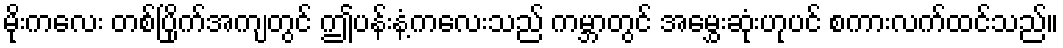
မိုးကလေး တစ်ပြိုက်အကျတွင် ဤပန်းနံ့ကလေးသည် ကမ္ဘာတွင် အမွှေးဆုံးဟုပင် စကားလက်ထင်သည်။